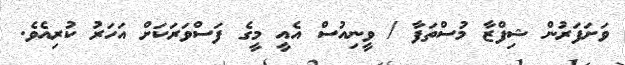
ވަށަފަރުން ޝިފްޒާ މުސްތަފާ / ވީނިއުސް އެއީ މީގެ ފަސްވަރަކަށް އަހަރު ކުރިއެވެ.